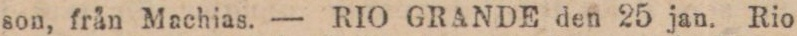
son, från Machias. — RIO GRANDE den 25 jan. Rio